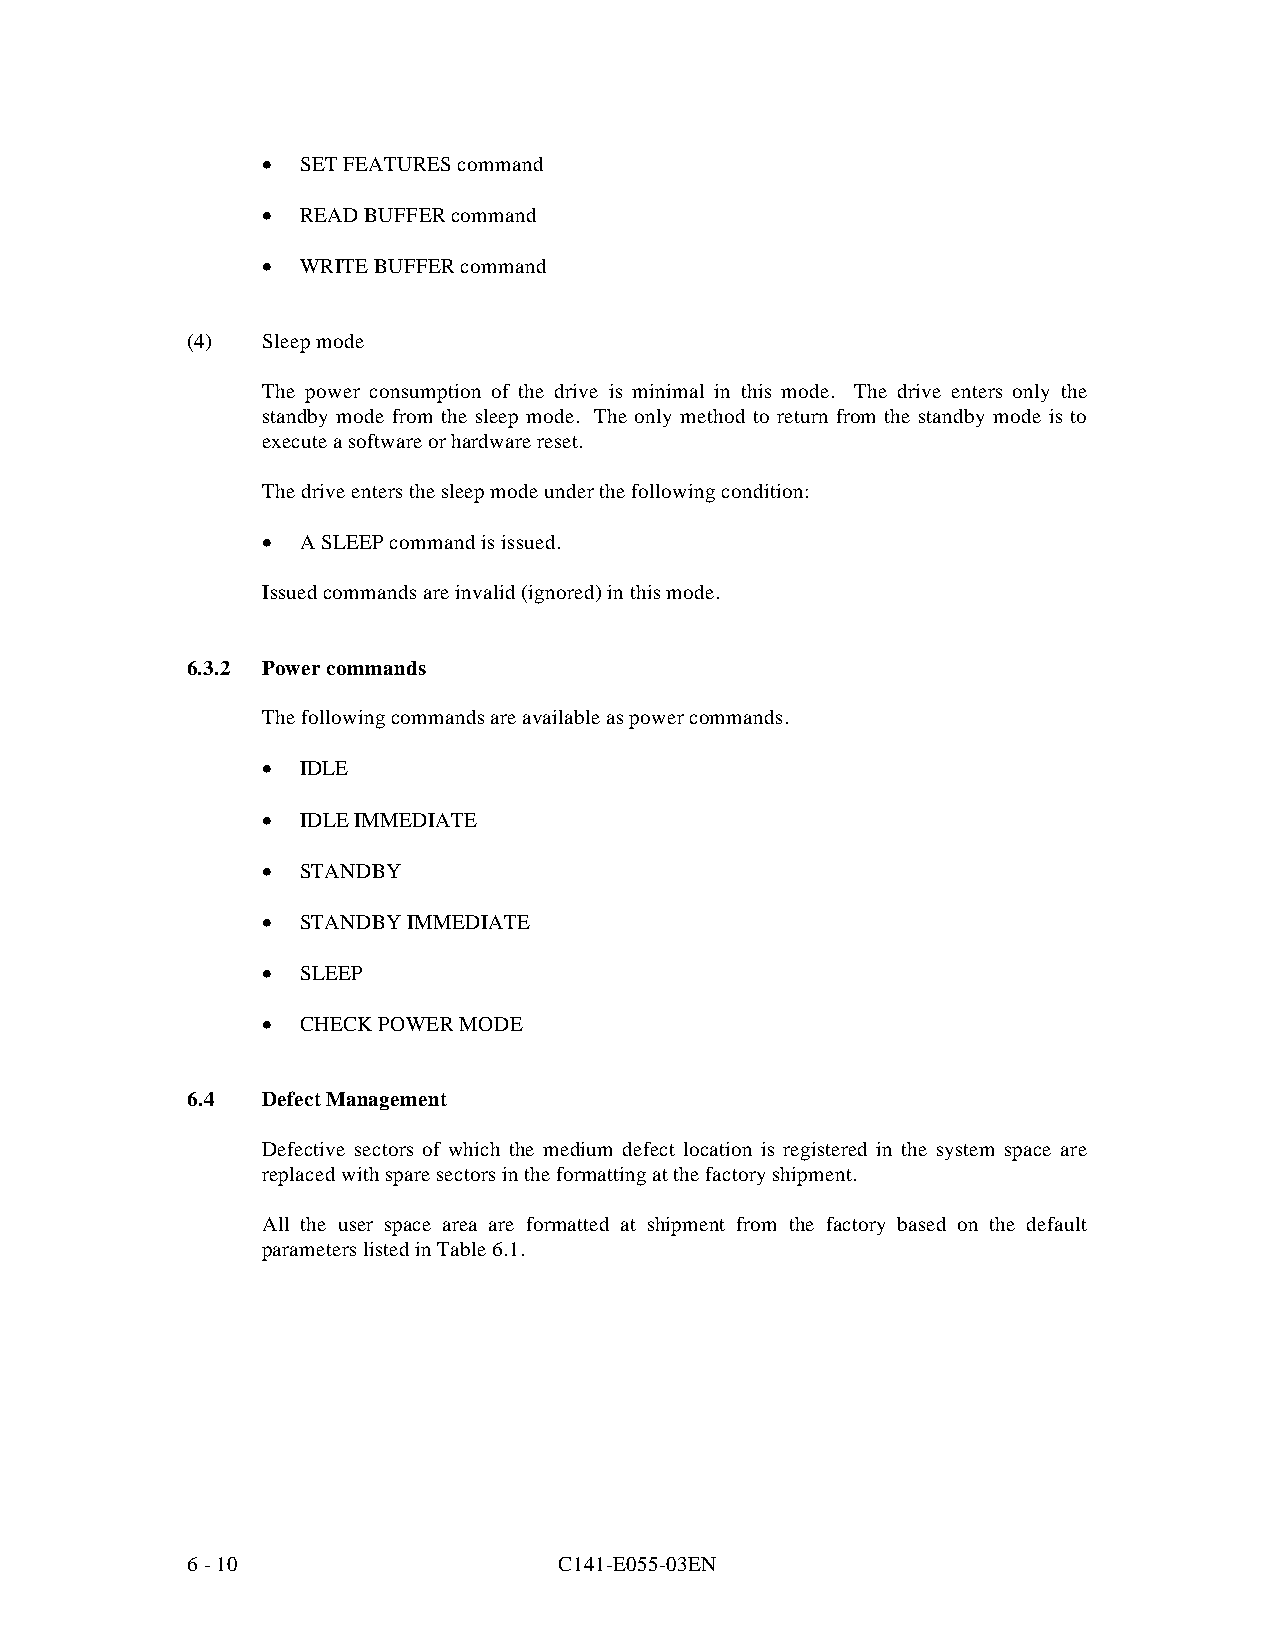
•  SET FEATURES command
 •  READ BUFFER command
 •  WRITE BUFFER command
 (4)  Sleep mode
 The power consumption of the drive is minimal in this mode. The drive enters only the
 standby mode from the sleep mode. The only method to return from the standby mode is to
 execute a software or hardware reset.
 The drive enters the sleep mode under the following condition:
 •  A SLEEP command is issued.
 Issued commands are invalid (ignored) in this mode.
 6.3.2 Power commands
 The following commands are available as power commands.
 •  IDLE
 •  IDLE IMMEDIATE
 •  STANDBY
 •  STANDBY IMMEDIATE
 •  SLEEP
 •  CHECK POWER MODE
 6.4  Defect Management
 Defective sectors of which the medium defect location is registered in the system space are
 replaced with spare sectors in the formatting at the factory shipment.
 All the user space area are formatted at shipment from the factory based on the default
 parameters listed in Table 6.1.
 6 - 10                   C141-E055-03EN